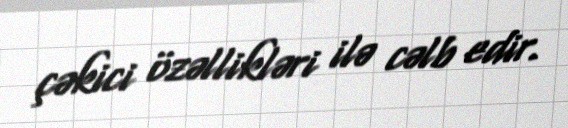
çəkici özəllikləri ilə cəlb edir.